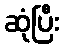
ဆုံပြီး